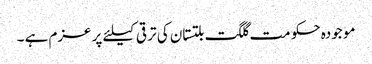
مو جودہ حکو مت گلگت بلتستان کی تر قی کیلئے پر عزم ہے ۔